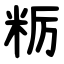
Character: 粝